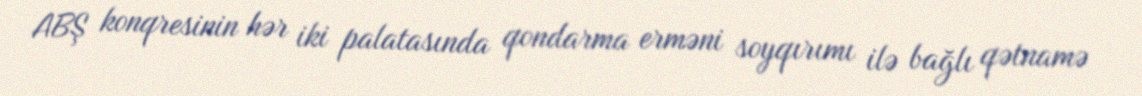
ABŞ konqresinin hər iki palatasında qondarma erməni soyqırımı ilə bağlı qətnamə